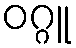
ဝဂ္ဂူ